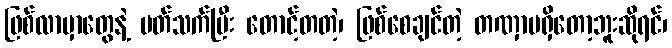
ဖြစ်လာမှာတွေနဲ့ ပတ်သက်ပြီး တောင့်တတဲ့၊ ဖြစ်စေချင်တဲ့ တဏှာမရှိတော့ဘူးဆိုရင်၊